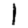
Digit: 1